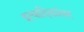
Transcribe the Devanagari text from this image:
इत्यादिकांवर